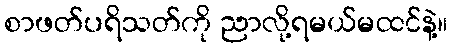
စာဖတ်ပရိသတ်ကို ညာလို့ရမယ်မထင်နဲ့။